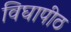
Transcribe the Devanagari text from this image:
विघापीठ